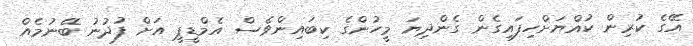
އޭގެ ކުރިން ކުއްޔަށްހިފައިގެން ގެންދިޔަ މީހުންގެ ކިބައިންވެސް އެމްޑީޕީ އަށް ފުދުނު ބޭނުމެއް